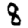
Digit: 8